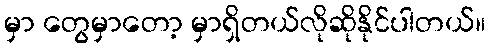
မှာ တွေမှာတော့ မှာရှိတယ်လိုဆိုနိုင်ပါတယ်။